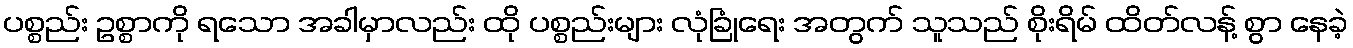
ပစ္စည်း ဥစ္စာကို ရသော အခါမှာလည်း ထို ပစ္စည်းများ လုံခြုံရေး အတွက် သူသည် စိုးရိမ် ထိတ်လန့် စွာ နေခဲ့